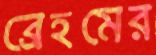
ব্রেহমের